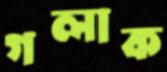
গলাক